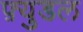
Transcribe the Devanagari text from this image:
फ़्युडल